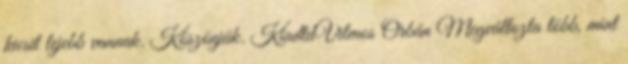
kicsit lejebb vannak. Köszönjük. KiadtaVilmos Orbán Megváltozta több, mint